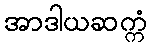
အာဒါယဆက္ကံ